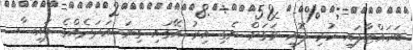
ބަހައްޓާފައި ހުރި ފޮށި ވަގަށް ނެގި އިރު އޭގައި ގިނަ އަދަދެއްގެ ފައިސާ